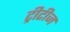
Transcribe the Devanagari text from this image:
ट्रीटीज